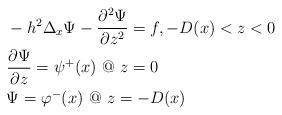
LaTeX: \begin{align*}\begin{aligned}&-h^2\Delta_{x}\Psi-{\partial^2\Psi\over\partial z^2}=f, -D(x)<z<0\cr&{\partial\Psi\over\partial z}=\psi^+(x) \ @ \ z=0\cr&\Psi=\varphi^-(x) \ @ \ z=-D(x)\cr\end{aligned}\end{align*}